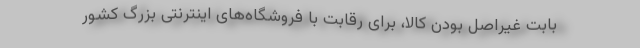
بابت غیراصل بودن کالا، برای رقابت با فروشگاه‌های اینترنتی بزرگ کشور